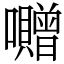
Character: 囎